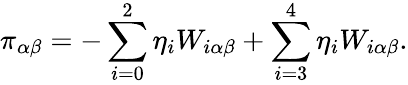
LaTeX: \pi_{\alpha\beta}=-\sum_{i=0}^{2}\eta_{i}W_{i\alpha\beta}+\sum_{i=3}^{4}\eta_{i}W_{i\alpha\beta}.